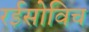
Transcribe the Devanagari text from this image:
रईसोविच